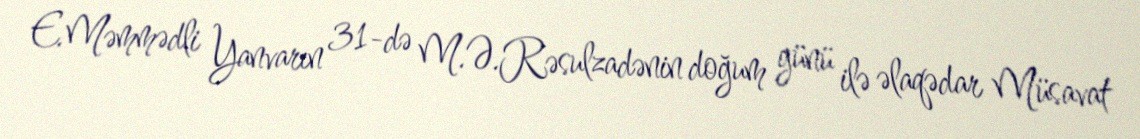
E.Məmmədli Yanvarın 31-də M.Ə.Rəsulzadənin doğum günü ilə əlaqədar Müsavat